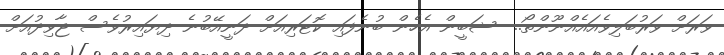
ވަރަށް ވަރުބަލިވެއައެއްނޫންތޯ..  ޝަބީން އެހެން ބުނެފައި ކޮޓަރިއަށް ދަނީއޭބުނެ ދިޔައިރުވެސް ޖާވިދުއަށް